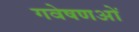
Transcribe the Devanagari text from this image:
गवेषणओं